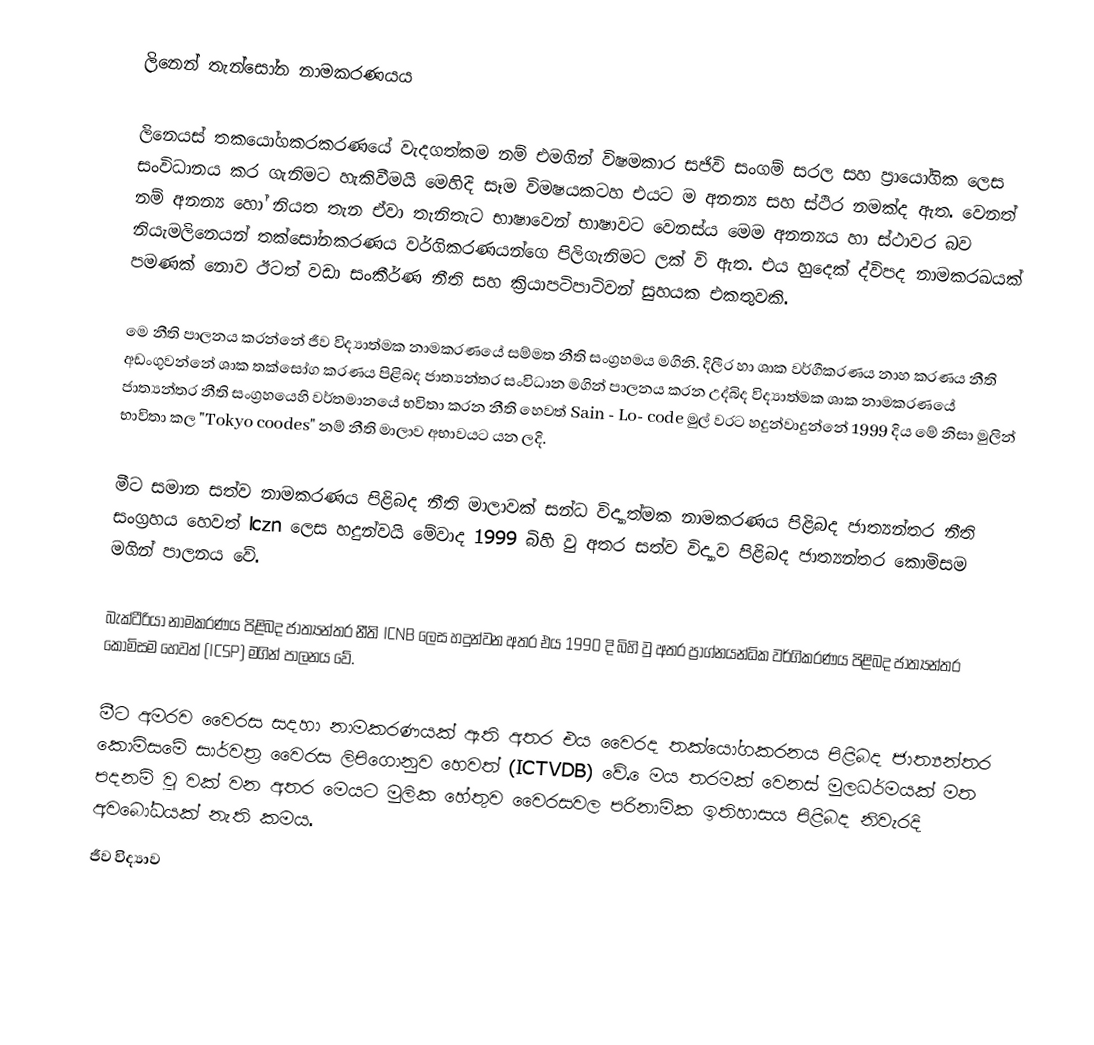
ලිනෙන් තැන්සෝන නාමකරණයය

ලිනෙයස් තකයෝගකරකරණයේ වැදගත්කම නම් එමගින් විෂමකාර සජිවි සංගම් සරල සහ ප්‍රායෝගික ලෙස සංවිධානය කර ගැනිමට හැකිවීමයි මෙහිදි සෑම විමෂයකටහ එයට ම අනන්‍ය සහ ස්ථිර නමක්ද ඇත. වෙනත් නම් අනන්‍ය හෝ නියත තැන ඒවා තැනිතැට භාෂාවෙන් භාෂාවට වෙනස්ය මෙම අනන්‍යය හා ස්ථාවර බව නියැමලිනෙයන් තක්සෝනකරණය වර්ගිකරණයන්ගෙ පිලිගැනිමට ලක් වි ඇත. එය හුදෙක් ද්විපද නාමකරඛයක් පමණක් නොව ඊටත් වඩා සංකීර්ණ නීති සහ ක්‍රියාපටිපාටිවන් සුහයක එකතුවකි.

	මෙ නීති පාලනය කරන්නේ ජීව විද්‍යාත්මක නාමකරණයේ සම්මත නීති සංග්‍රහමය මගිනි. දිලීර හා ශාක වර්ගීකරණය නාහ කරණය නීති අඩංගුවන්නේ ශාක තක්සෝග කරණය පිළිබද ජාත්‍යන්තර සංවිධාන මගින් පාලනය කරන උද්බිද විද්‍යාත්මක ශාක නාමකරණයේ ජාත්‍යන්තර නීති සංග්‍රහයෙහි වර්තමානයේ භවිතා කරන නීති හෙවත් Sain - Lo- code මුල් වරට හදුන්වාදුන්නේ 1999 දිය මේ නිසා මුලින් භාවිතා කල "Tokyo coodes" නම් නීති මාලාව අභාවයට යන ලදි.

	මීට සමාන සත්ව නාමකරණය පිළිබද නීති මාලාවක් සන්ධ විද්‍යාත්මක නාමකරණය පිළිබද ජාත්‍යන්තර නීති සංග්‍රහය හෙවත් lczn ලෙස හදුන්වයි මේවාද 1999 බිහි වු අතර සත්ව විද්‍යාව පිළිබද ජාත්‍යන්තර කොමිසම මගින් පාලනය වේ.

	බැක්ටීරියා නාමකරණය පිළිබද ජාත්‍යන්තර නීති ICNB ලෙස හදුන්වන අතර එය 1990 දි බිහි වු  අතර ප්‍රාග්නයන්ධික වර්ගිකරණය පිළිබද ජාත්‍යන්තර කොමිසම හෙවත් (ICSP) මගින් පාලනය වේ.

	මීට අමරව වෛරස සදහා නාමකරණයක්  ඇති අතර එය වෛරද තක්යෝගකරනය පිළිබද ජාත්‍යන්තර කොමිසමේ සාර්වත්‍ර වෛරස ලිපිගොනුව හෙවත් (ICTVDB) වේ. ‍ෙමය තරමක් වෙනස් මුලධර්මයක් මත පදනම් වු වක් වන අතර මෙයට ‍මුලික හේතුව වෛරසවල පරිනාමික ඉතිහාසය පිළිබද නිවැරදි අව‍බෝධයක් නැති කමය.
ජීව විද්‍යාව